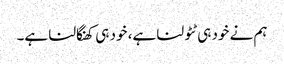
ہم نے خود ہی ٹٹولنا ہے، خود ہی کھنگالنا ہے۔